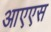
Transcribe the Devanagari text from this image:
आएएस